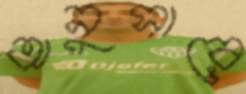
অনুসারে